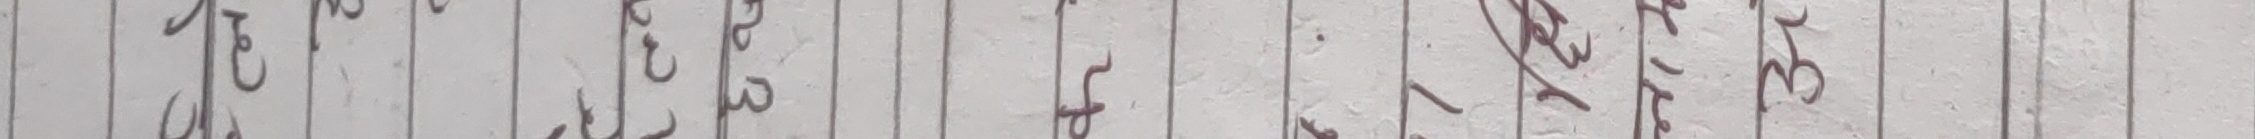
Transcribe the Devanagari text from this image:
हेर्दछ ।